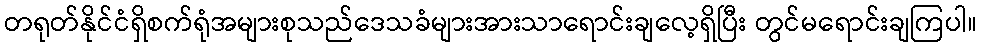
တရုတ်နိုင်ငံရှိစက်ရုံအများစုသည်ဒေသခံများအားသာရောင်းချလေ့ရှိပြီး တွင်မရောင်းချကြပါ။